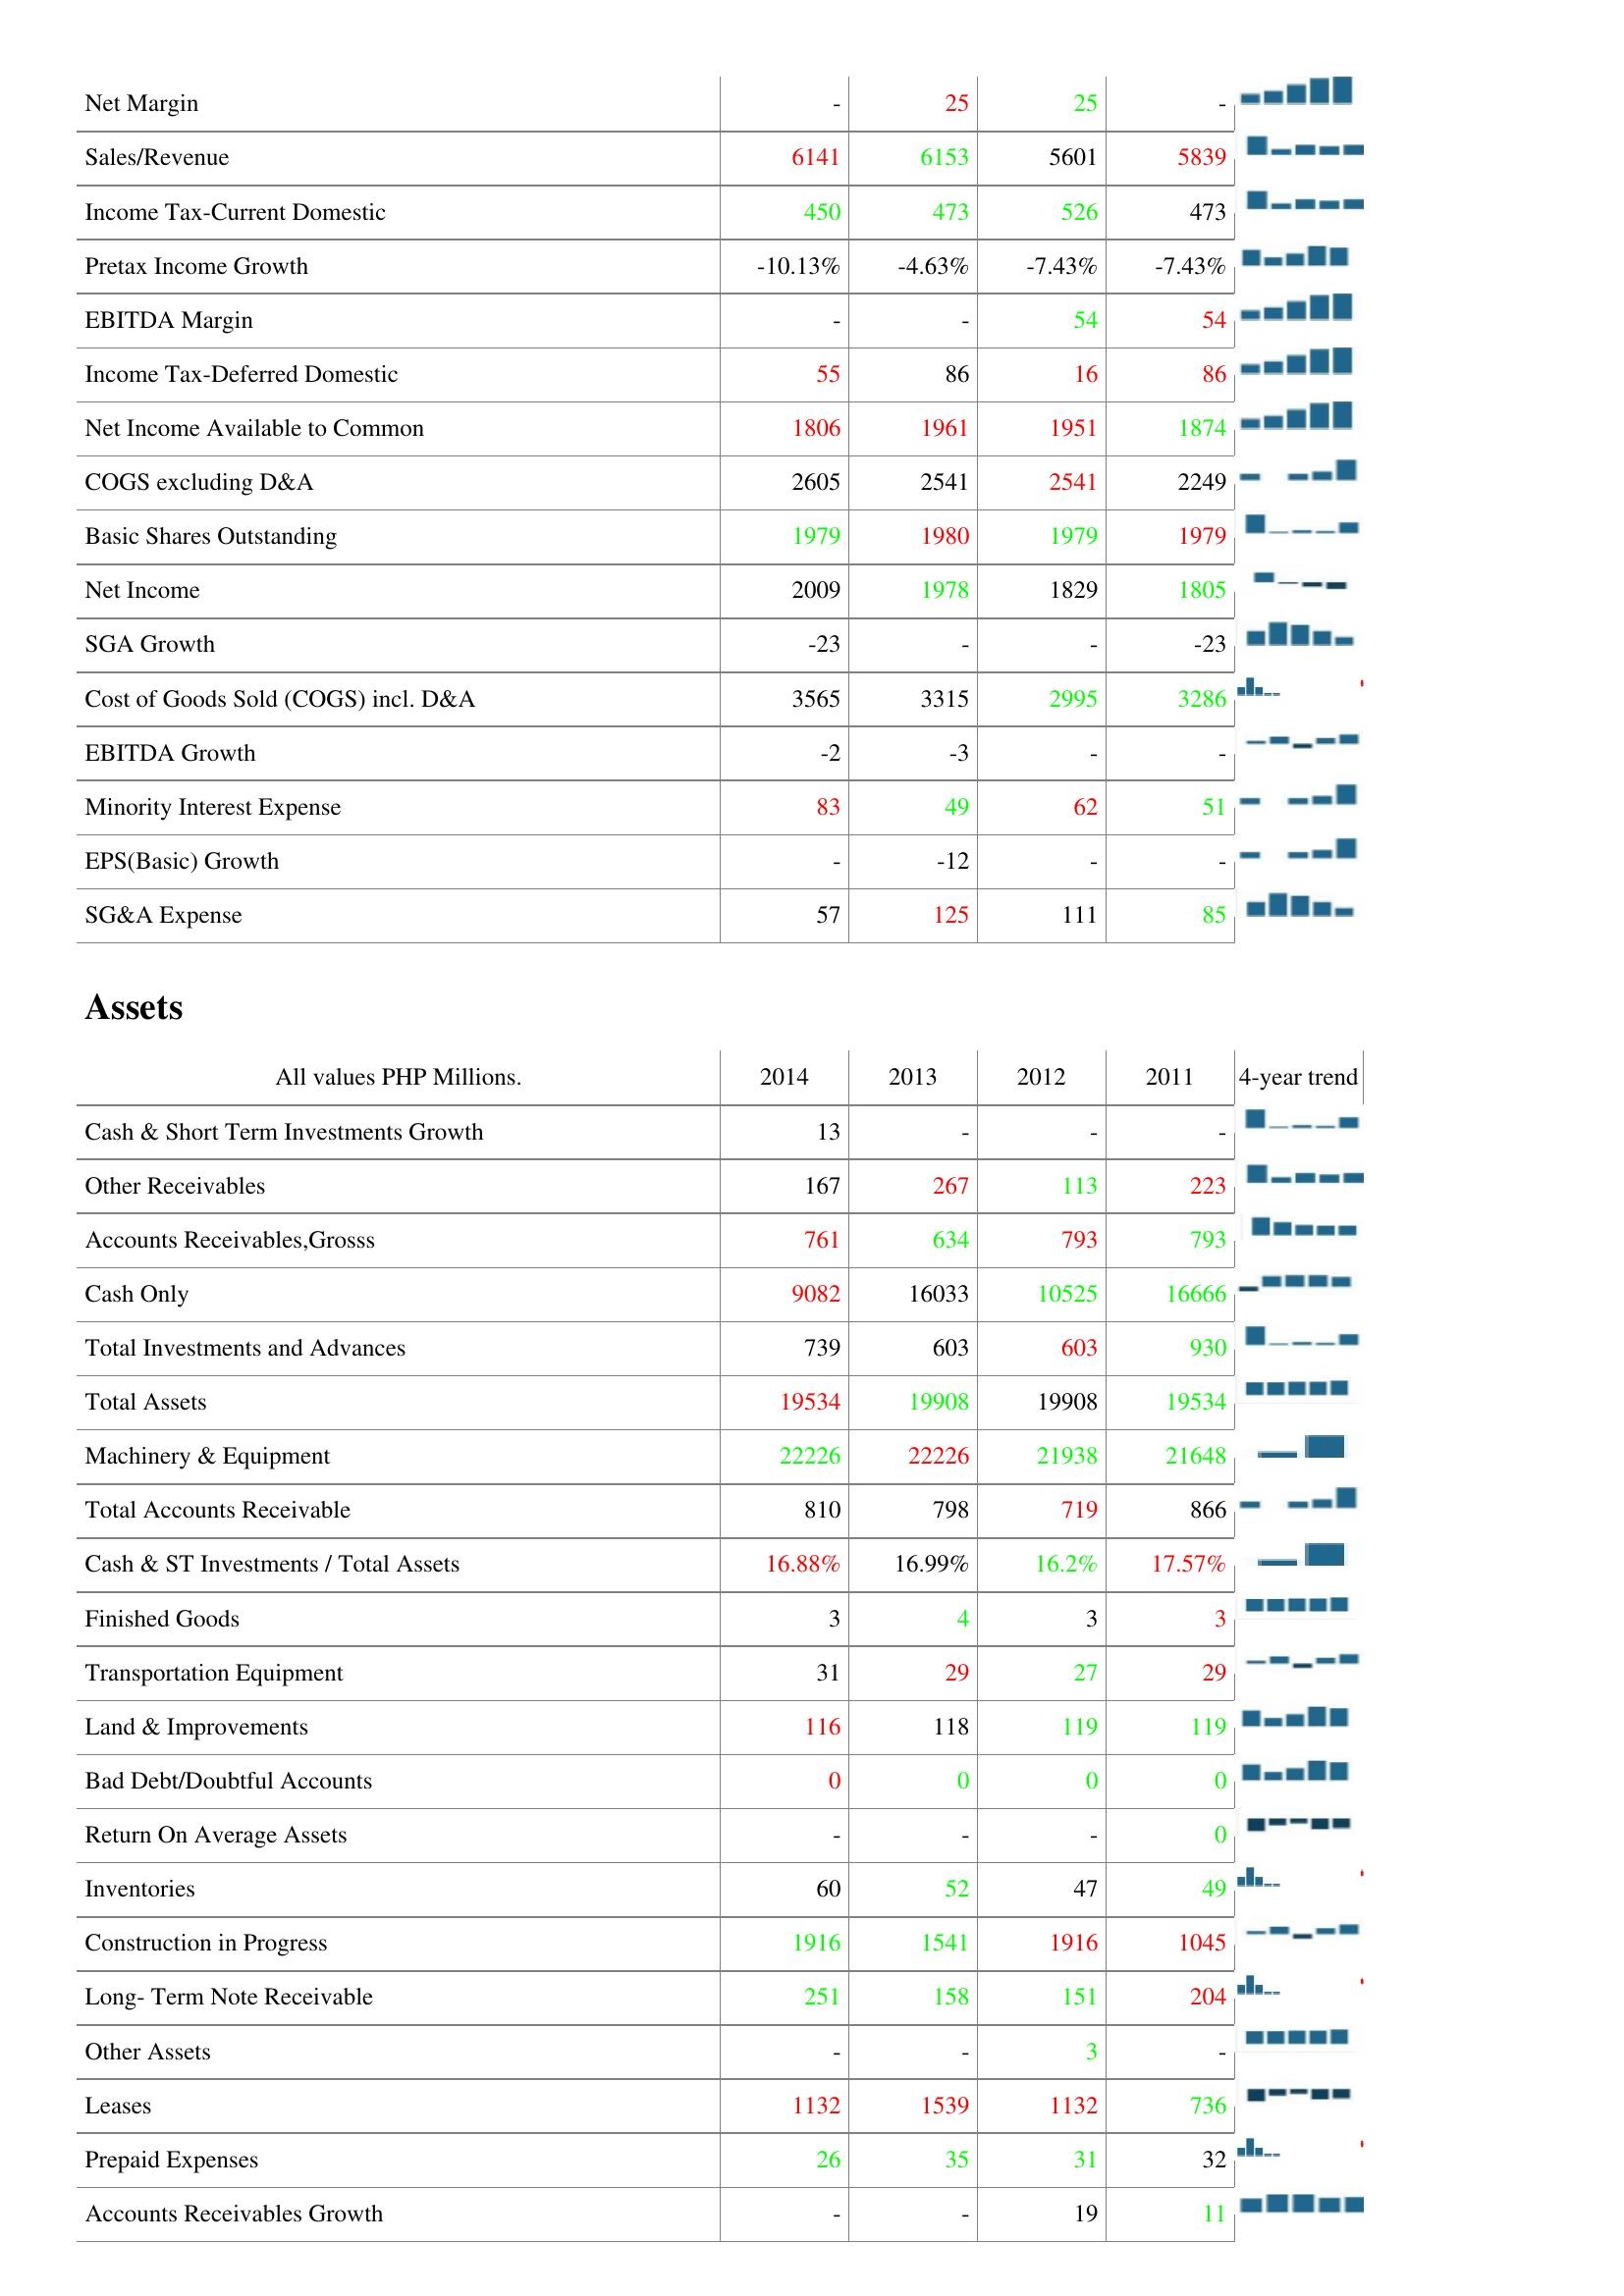
2014: : Net Margin: -
Sales/Revenue: 6141
Income Tax-Current Domestic: 450
Pretax Income Growth: -10.13%
EBITDA Margin: -
Income Tax-Deferred Domestic: 55
Net Income Available to Common: 1806
COGS excluding D&A: 2605
Basic Shares Outstanding: 1979
Net Income: 2009
SGA Growth: -23
Cost of Goods Sold (COGS) incl. D&A: 3565
EBITDA Growth: -2
Minority Interest Expense: 83
EPS(Basic) Growth: -
SG&A Expense: 57
Assets: Cash & Short Term Investments Growth: 13
Other Receivables: 167
Accounts Receivables,Grosss: 761
Cash Only: 9082
Total Investments and Advances: 739
Total Assets: 19534
Machinery & Equipment: 22226
Total Accounts Receivable: 810
Cash & ST Investments / Total Assets: 16.88%
Finished Goods: 3
Transportation Equipment: 31
Land & Improvements: 116
Bad Debt/Doubtful Accounts: 0
Return On Average Assets: -
Inventories: 60
Construction in Progress: 1916
Long- Term Note Receivable: 251
Other Assets: -
Leases: 1132
Prepaid Expenses: 26
Accounts Receivables Growth: -
2013: : Net Margin: 25
Sales/Revenue: 6153
Income Tax-Current Domestic: 473
Pretax Income Growth: -4.63%
EBITDA Margin: -
Income Tax-Deferred Domestic: 86
Net Income Available to Common: 1961
COGS excluding D&A: 2541
Basic Shares Outstanding: 1980
Net Income: 1978
SGA Growth: -
Cost of Goods Sold (COGS) incl. D&A: 3315
EBITDA Growth: -3
Minority Interest Expense: 49
EPS(Basic) Growth: -12
SG&A Expense: 125
Assets: Cash & Short Term Investments Growth: -
Other Receivables: 267
Accounts Receivables,Grosss: 634
Cash Only: 16033
Total Investments and Advances: 603
Total Assets: 19908
Machinery & Equipment: 22226
Total Accounts Receivable: 798
Cash & ST Investments / Total Assets: 16.99%
Finished Goods: 4
Transportation Equipment: 29
Land & Improvements: 118
Bad Debt/Doubtful Accounts: 0
Return On Average Assets: -
Inventories: 52
Construction in Progress: 1541
Long- Term Note Receivable: 158
Other Assets: -
Leases: 1539
Prepaid Expenses: 35
Accounts Receivables Growth: -
2012: : Net Margin: 25
Sales/Revenue: 5601
Income Tax-Current Domestic: 526
Pretax Income Growth: -7.43%
EBITDA Margin: 54
Income Tax-Deferred Domestic: 16
Net Income Available to Common: 1951
COGS excluding D&A: 2541
Basic Shares Outstanding: 1979
Net Income: 1829
SGA Growth: -
Cost of Goods Sold (COGS) incl. D&A: 2995
EBITDA Growth: -
Minority Interest Expense: 62
EPS(Basic) Growth: -
SG&A Expense: 111
Assets: Cash & Short Term Investments Growth: -
Other Receivables: 113
Accounts Receivables,Grosss: 793
Cash Only: 10525
Total Investments and Advances: 603
Total Assets: 19908
Machinery & Equipment: 21938
Total Accounts Receivable: 719
Cash & ST Investments / Total Assets: 16.2%
Finished Goods: 3
Transportation Equipment: 27
Land & Improvements: 119
Bad Debt/Doubtful Accounts: 0
Return On Average Assets: -
Inventories: 47
Construction in Progress: 1916
Long- Term Note Receivable: 151
Other Assets: 3
Leases: 1132
Prepaid Expenses: 31
Accounts Receivables Growth: 19
2011: : Net Margin: -
Sales/Revenue: 5839
Income Tax-Current Domestic: 473
Pretax Income Growth: -7.43%
EBITDA Margin: 54
Income Tax-Deferred Domestic: 86
Net Income Available to Common: 1874
COGS excluding D&A: 2249
Basic Shares Outstanding: 1979
Net Income: 1805
SGA Growth: -23
Cost of Goods Sold (COGS) incl. D&A: 3286
EBITDA Growth: -
Minority Interest Expense: 51
EPS(Basic) Growth: -
SG&A Expense: 85
Assets: Cash & Short Term Investments Growth: -
Other Receivables: 223
Accounts Receivables,Grosss: 793
Cash Only: 16666
Total Investments and Advances: 930
Total Assets: 19534
Machinery & Equipment: 21648
Total Accounts Receivable: 866
Cash & ST Investments / Total Assets: 17.57%
Finished Goods: 3
Transportation Equipment: 29
Land & Improvements: 119
Bad Debt/Doubtful Accounts: 0
Return On Average Assets: 0
Inventories: 49
Construction in Progress: 1045
Long- Term Note Receivable: 204
Other Assets: -
Leases: 736
Prepaid Expenses: 32
Accounts Receivables Growth: 11